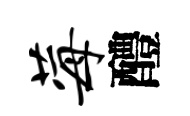
莓醴